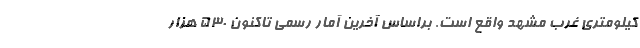
کیلومتری غرب مشهد واقع است. براساس آخرین آمار رسمی تاکنون ۵۳۰ هزار